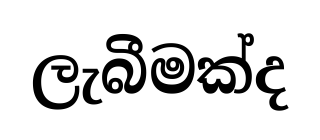
ලැබීමක්ද